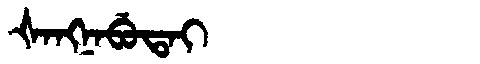
Manchu: ᡧᠠᠩᠨᠠᠪᡠᡨᠠᡳ
Romanization: ŠANGNABUTAI